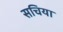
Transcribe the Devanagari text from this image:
सचिया